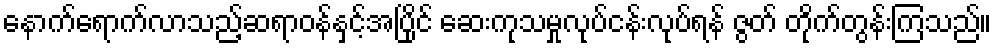
နောက်ရောက်လာသည့်ဆရာဝန်နှင့်အပြိုင် ဆေးကုသမှုလုပ်ငန်းလုပ်ရန် ဇွတ် တိုက်တွန်းကြသည်။